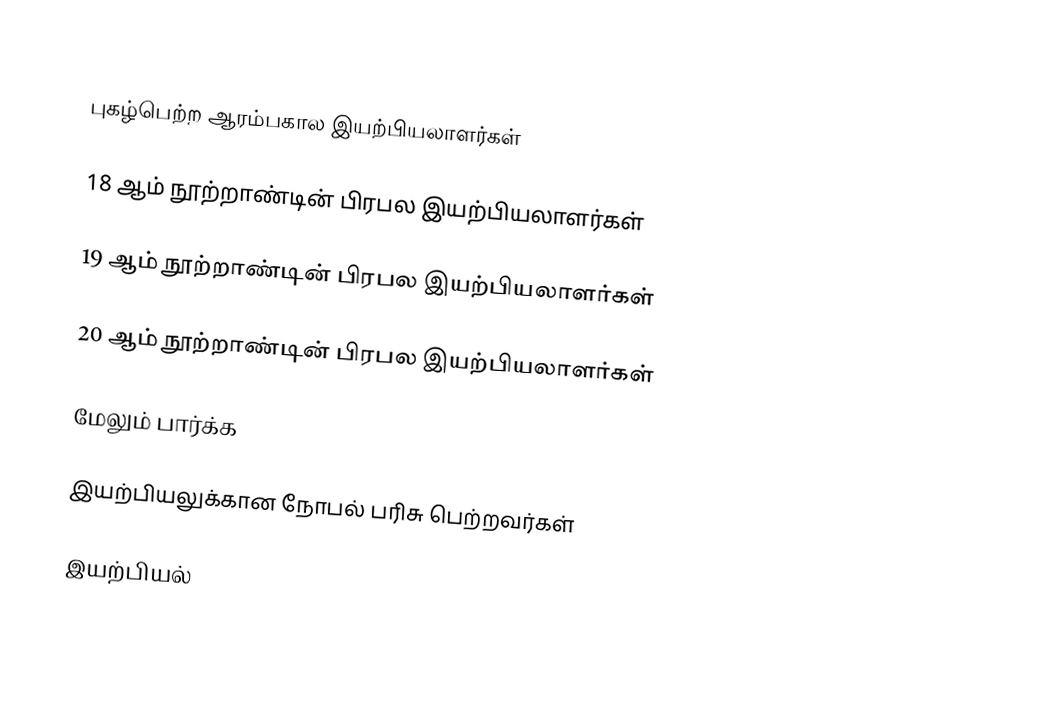

புகழ்பெற்ற ஆரம்பகால இயற்பியலாளர்கள்

18 ஆம் நூற்றாண்டின் பிரபல இயற்பியலாளர்கள்

19 ஆம் நூற்றாண்டின் பிரபல இயற்பியலாளர்கள்

20 ஆம் நூற்றாண்டின் பிரபல இயற்பியலாளர்கள்

மேலும் பார்க்க

 இயற்பியலுக்கான நோபல் பரிசு பெற்றவர்கள்

இயற்பியல்